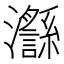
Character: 𪸅